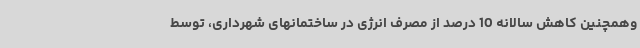
وهمچنین کاهش سالانه 10 درصد از مصرف انرژی در ساختمانهای شهرداری، توسط